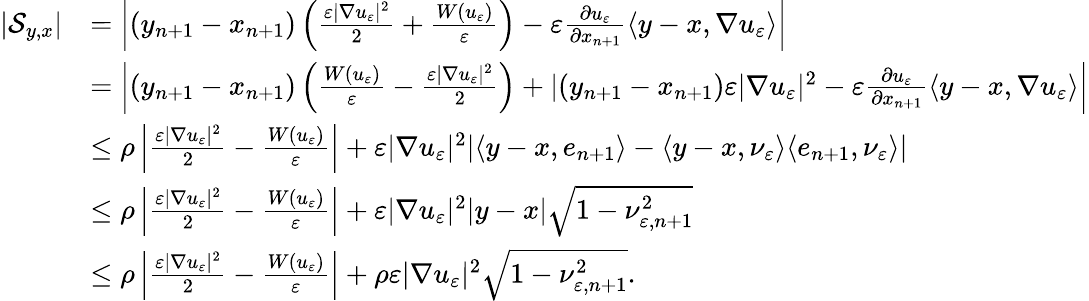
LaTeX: \begin{array}{rl}{|\mathcal S_{y,x}|}&{=\left|(y_{n+1}-x_{n+1})\left(\frac{\varepsilon|\nabla u_{\varepsilon}|^{2}}{2}+\frac{W(u_{\varepsilon})}{\varepsilon}\right)-\varepsilon\frac{\partial u_{\varepsilon}}{\partial x_{n+1}}\langle y-x,\nabla u_{\varepsilon}\rangle\right|}\\ &{=\left|(y_{n+1}-x_{n+1})\left(\frac{W(u_{\varepsilon})}{\varepsilon}-\frac{\varepsilon|\nabla u_{\varepsilon}|^{2}}{2}\right)+|(y_{n+1}-x_{n+1})\varepsilon|\nabla u_{\varepsilon}|^{2}-\varepsilon\frac{\partial u_{\varepsilon}}{\partial x_{n+1}}\langle y-x,\nabla u_{\varepsilon}\rangle\right|}\\ &{\leq\rho\left|\frac{\varepsilon|\nabla u_{\varepsilon}|^{2}}{2}-\frac{W(u_{\varepsilon})}{\varepsilon}\right|+\varepsilon|\nabla u_{\varepsilon}|^{2}|\langle y-x,e_{n+1}\rangle-\langle y-x,\nu_{\varepsilon}\rangle\langle e_{n+1},\nu_{\varepsilon}\rangle|}\\ &{\leq\rho\left|\frac{\varepsilon|\nabla u_{\varepsilon}|^{2}}{2}-\frac{W(u_{\varepsilon})}{\varepsilon}\right|+\varepsilon|\nabla u_{\varepsilon}|^{2}|y-x|\sqrt{1-\nu_{\varepsilon,n+1}^{2}}}\\ &{\leq\rho\left|\frac{\varepsilon|\nabla u_{\varepsilon}|^{2}}{2}-\frac{W(u_{\varepsilon})}{\varepsilon}\right|+\rho\varepsilon|\nabla u_{\varepsilon}|^{2}\sqrt{1-\nu_{\varepsilon,n+1}^{2}}.}\end{array}